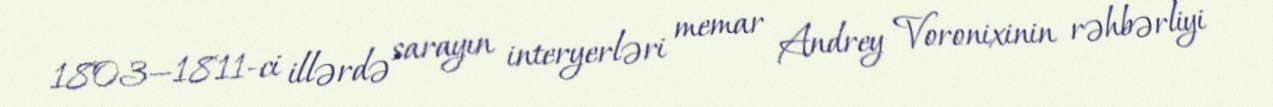
1803—1811-ci illərdə sarayın interyerləri memar Andrey Voronixinin rəhbərliyi